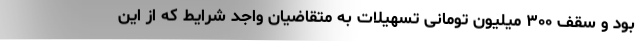
بود و سقف ۳۰۰ میلیون تومانی تسهیلات به متقاضیان واجد شرایط که از این